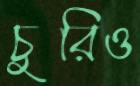
চুরিও